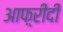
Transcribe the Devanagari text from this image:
आफ़्रीदी